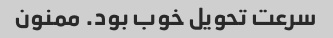
سرعت تحویل خوب بود. ممنون